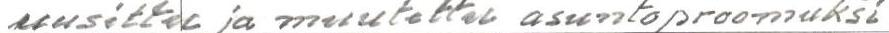
uusittu ja muutettu asuntoproomuksi